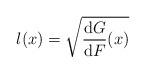
LaTeX: \begin{align*} l(x)=\sqrt{\frac{\mathrm{d}G}{\mathrm{d}F} (x)}\end{align*}